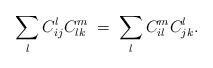
\begin{align*}\sum_l C_{ij}^l C_{lk}^m \; = \; \sum_l C_{il}^mC_{jk}^l. \end{align*}